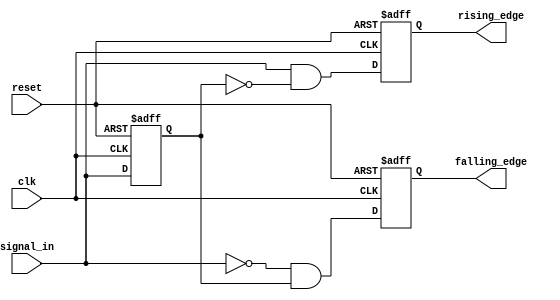
module dual_edge_detector (
    input wire clk,             // Clock signal
    input wire reset,           // Asynchronous reset
    input wire signal_in,       // Input signal to detect edges
    output reg rising_edge,     // Rising edge output
    output reg falling_edge      // Falling edge output
);

    reg previous_state;         // Memory block to store previous state of signal_in

    // Asynchronous reset and edge detection logic
    always @(posedge clk or posedge reset) begin
        if (reset) begin
            previous_state <= 1'b0; // Reset previous state to low
            rising_edge <= 1'b0;     // Clear rising edge output
            falling_edge <= 1'b0;    // Clear falling edge output
        end else begin
            // Edge detection logic
            rising_edge <= (signal_in && !previous_state); // Rising edge detected
            falling_edge <= (!signal_in && previous_state); // Falling edge detected
            
            // Update previous state
            previous_state <= signal_in;
        end
    end

endmodule